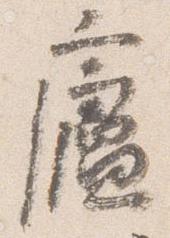
廬